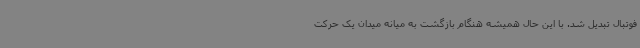
فوتبال تبدیل شد. با این حال همیشه هنگام بازگشت به میانه میدان یک حرکت